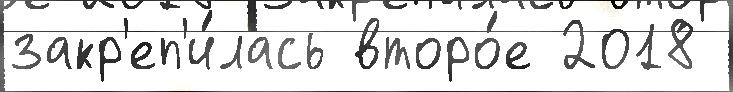
закр'еп'и́лась второ́е 2018